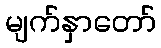
မျက်နှာတော်